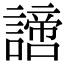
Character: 𧬍